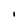
Character: I